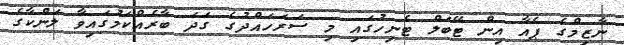
ނާޒިމްގެ ޕެއާ އިން ޓޭބަލް ޓެނިހުގައި މި ސަރަހައްދުގެ ގަދަ ބާރެއްކަމުގައިވާ ލަންކާގެ